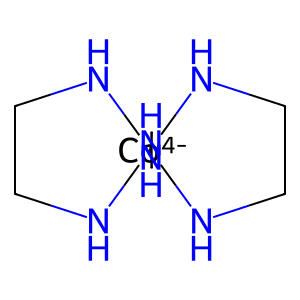
SMILES: C1CN[Co-4]23(N1)(NCCN2)NCCN3
Inhibits HIV replication: No